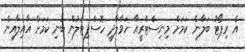
އެ ރިޕޯޓު ބަލާނެ ކަމަށް މިނިސްޓްރީއާ ހަވާލާދީ ހޮސްޕިޓަލުން ބުނި ކަމަށް އާއިލާއިން